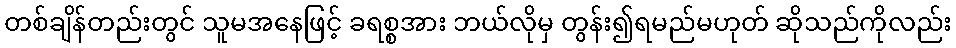
တစ်ချိန်တည်းတွင် သူမအနေဖြင့် ခရစ္စအား ဘယ်လိုမှ တွန်း၍ရမည်မဟုတ် ဆိုသည်ကိုလည်း